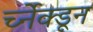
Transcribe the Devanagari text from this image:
र्च्नेक्डून